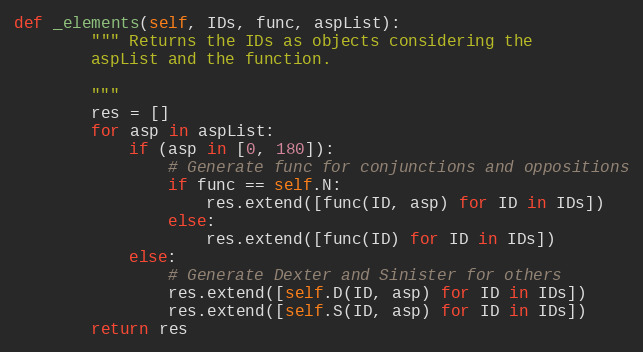
Language: Python
def _elements(self, IDs, func, aspList):
        """ Returns the IDs as objects considering the
        aspList and the function.

        """
        res = []
        for asp in aspList:
            if (asp in [0, 180]):
                # Generate func for conjunctions and oppositions
                if func == self.N:
                    res.extend([func(ID, asp) for ID in IDs])
                else:
                    res.extend([func(ID) for ID in IDs])
            else:
                # Generate Dexter and Sinister for others
                res.extend([self.D(ID, asp) for ID in IDs])
                res.extend([self.S(ID, asp) for ID in IDs])
        return res